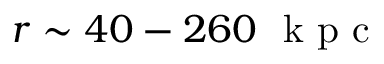
r \sim 4 0 - 2 6 0 ~ \mathrm { ~ k ~ p ~ c ~ }